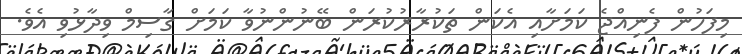
މިފަހުން ފެނިއްޖެ ކަމަށާއި އެކަން ތަކުރާރުކުރަން ބޭނުންނުވާ ކަމަށް ގާސިމް ވިދާޅުވި އެވެ.